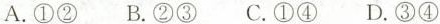
A.①② B.②③ C.①④ D.③④